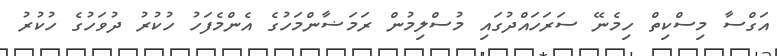
އަގްސާ މިސްކިތް ހިމެނޭ ސަރަހައްދުގައި މުސްލިމުން ރަމަޟާންމަހުގެ އެންމެފަހު ހުކުރު ދުވަހުގެ ހުކުރު